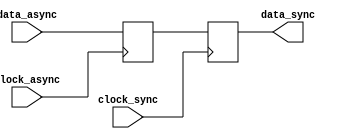
// SPDX-FileCopyrightText: 2020 Efabless Corporation
//
// Licensed under the Apache License, Version 2.0 (the "License");
// you may not use this file except in compliance with the License.
// You may obtain a copy of the License at
//
//      http://www.apache.org/licenses/LICENSE-2.0
//
// Unless required by applicable law or agreed to in writing, software
// distributed under the License is distributed on an "AS IS" BASIS,
// WITHOUT WARRANTIES OR CONDITIONS OF ANY KIND, either express or implied.
// See the License for the specific language governing permissions and
// limitations under the License.
// SPDX-License-Identifier: Apache-2.0

`default_nettype none
/*
 *-------------------------------------------------------------
 *
 * async_reg
 *
 *
 *-------------------------------------------------------------
 */


module async_reg(
  input wire clock_async,
  input wire clock_sync,
  input wire data_async,
  output reg data_sync
);

  reg A,B;
  always@(posedge clock_async)
  begin
    A <= data_async;
  end

  always@(posedge clock_sync)
  begin
    B <= A;
    data_sync <= A;
  end

endmodule